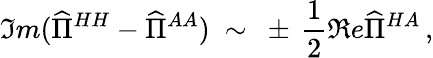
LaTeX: \Im m(\widehat{\Pi}^{HH}-\widehat{\Pi}^{AA})\ \sim\ \pm\, \frac{1}{2}\Re e\widehat{\Pi}^{HA}\, ,